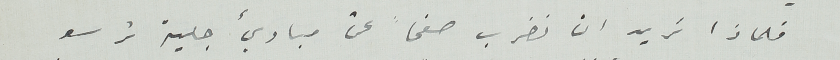
فلماذا تريد ان نضرب صفحاً عن مباديء جلية ترسو